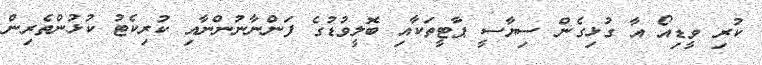
ކުރި ވީޑިއޯ އާ ގުޅިގެން ސިޔާސީ ޕާޓީތަކާއި ބޮލީވުޑުގެ ފަންނާނުންނާއި ކުރިކެޓު ކުޅުންތެރިން